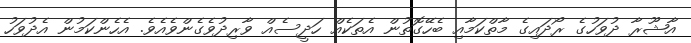
އާޝޫރާ ދުވަހުގެ ރޯދައިގެ މާތްކަމާއި ބެހޭގޮތުން އެތަކެއް ހަދީސެއް ވާރިދުވެގެންވެއެވެ. އެހެންކަމުން އެދުވަހު